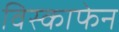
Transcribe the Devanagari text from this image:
विस्काफेन